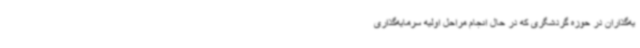
یه‌گذاران در حوزه گردشگری که در حال انجام مراحل اولیه سرمایه‌گذاری